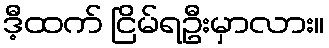
ဒီ့ထက် ငြိမ်ရဦးမှာလား။